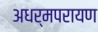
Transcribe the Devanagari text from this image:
अधर्मपरायण